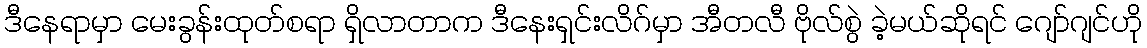
ဒီနေရာမှာ မေးခွန်းထုတ်စရာ ရှိလာတာက ဒီနေးရှင်းလိဂ်မှာ အီတလီ ဗိုလ်စွဲ ခဲ့မယ်ဆိုရင် ဂျော်ဂျင်ဟို